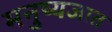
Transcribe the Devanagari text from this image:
मनुष्यजात